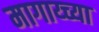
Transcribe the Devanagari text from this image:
मागाय्च्या